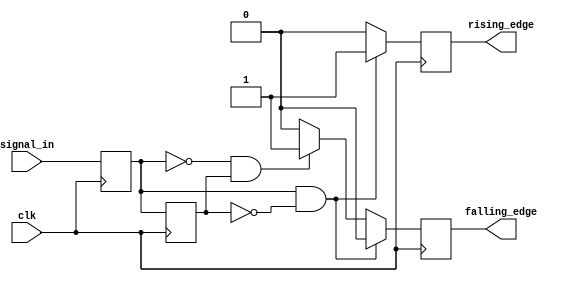
module edge_detector (
    input wire clk,            // Clock signal
    input wire signal_in,      // Input signal to monitor
    output reg rising_edge,    // Output signal for rising edge detection
    output reg falling_edge     // Output signal for falling edge detection
);

    // Memory blocks to hold previous and current states
    reg previous_state;
    reg current_state;

    // Always block triggered on the rising edge of the clock
    always @(posedge clk) begin
        // Update current state with the input signal
        current_state <= signal_in;

        // Edge detection logic
        if (current_state && !previous_state) begin
            rising_edge <= 1'b1;   // Rising edge detected
            falling_edge <= 1'b0;  // Reset falling edge
        end else if (!current_state && previous_state) begin
            falling_edge <= 1'b1;   // Falling edge detected
            rising_edge <= 1'b0;    // Reset rising edge
        end else begin
            rising_edge <= 1'b0;     // No edge
            falling_edge <= 1'b0;    // No edge
        end

        // Update previous state for the next clock cycle
        previous_state <= current_state;
    end

    // Initialize outputs
    initial begin
        rising_edge = 1'b0;
        falling_edge = 1'b0;
        previous_state = 1'b0;
        current_state = 1'b0;
    end

endmodule